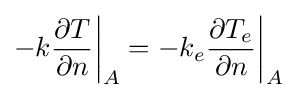
-k{\frac {\partial T}{\partial n}}{\bigg |}_{A}=-k_{e}{\frac {\partial T_{e}}{\partial n}}{\bigg |}_{A}